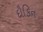
દૌકિન